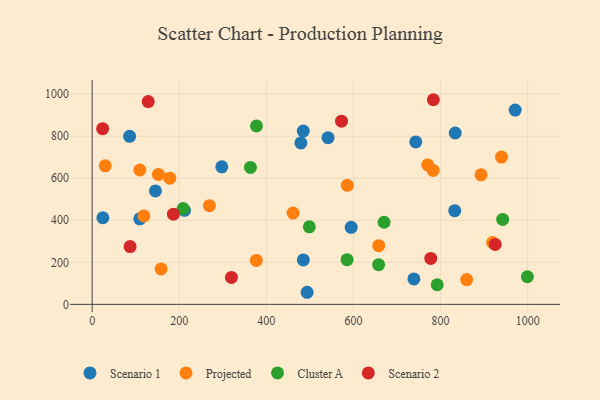
{"axis": {"x": "Study Hours", "y": "Sales"}, "legend": ["Cluster A", "Projected", "Scenario 1", "Scenario 2"], "data": [{"x": "24.5", "y": 411.9, "type": "Scenario 1"}, {"x": "738.8", "y": 121.1, "type": "Scenario 1"}, {"x": "833.7", "y": 815.1, "type": "Scenario 1"}, {"x": "479.3", "y": 767.9, "type": "Scenario 1"}, {"x": "145.3", "y": 539.4, "type": "Scenario 1"}, {"x": "109.4", "y": 406.8, "type": "Scenario 1"}, {"x": "484.9", "y": 211.6, "type": "Scenario 1"}, {"x": "484.8", "y": 824.4, "type": "Scenario 1"}, {"x": "971.4", "y": 924.1, "type": "Scenario 1"}, {"x": "594.8", "y": 366.4, "type": "Scenario 1"}, {"x": "297.6", "y": 654.1, "type": "Scenario 1"}, {"x": "493.6", "y": 57.5, "type": "Scenario 1"}, {"x": "541.6", "y": 793.1, "type": "Scenario 1"}, {"x": "743.1", "y": 772.8, "type": "Scenario 1"}, {"x": "85.9", "y": 799.4, "type": "Scenario 1"}, {"x": "832.6", "y": 445.8, "type": "Scenario 1"}, {"x": "211.9", "y": 447.2, "type": "Scenario 1"}, {"x": "376.9", "y": 209.0, "type": "Projected"}, {"x": "893.0", "y": 616.4, "type": "Projected"}, {"x": "178.2", "y": 600.3, "type": "Projected"}, {"x": "770.6", "y": 663.5, "type": "Projected"}, {"x": "919.5", "y": 294.2, "type": "Projected"}, {"x": "109.4", "y": 639.2, "type": "Projected"}, {"x": "586.0", "y": 566.2, "type": "Projected"}, {"x": "158.3", "y": 168.6, "type": "Projected"}, {"x": "940.0", "y": 700.7, "type": "Projected"}, {"x": "658.0", "y": 279.1, "type": "Projected"}, {"x": "269.3", "y": 469.5, "type": "Projected"}, {"x": "118.6", "y": 420.6, "type": "Projected"}, {"x": "29.9", "y": 659.0, "type": "Projected"}, {"x": "461.3", "y": 434.3, "type": "Projected"}, {"x": "152.3", "y": 618.3, "type": "Projected"}, {"x": "859.9", "y": 118.1, "type": "Projected"}, {"x": "783.0", "y": 637.2, "type": "Projected"}, {"x": "363.5", "y": 651.2, "type": "Cluster A"}, {"x": "498.7", "y": 368.6, "type": "Cluster A"}, {"x": "208.8", "y": 455.6, "type": "Cluster A"}, {"x": "377.3", "y": 849.0, "type": "Cluster A"}, {"x": "999.4", "y": 131.3, "type": "Cluster A"}, {"x": "585.3", "y": 212.4, "type": "Cluster A"}, {"x": "657.8", "y": 188.6, "type": "Cluster A"}, {"x": "670.3", "y": 390.5, "type": "Cluster A"}, {"x": "942.7", "y": 403.8, "type": "Cluster A"}, {"x": "792.3", "y": 93.2, "type": "Cluster A"}, {"x": "87.1", "y": 275.1, "type": "Scenario 2"}, {"x": "24.0", "y": 835.8, "type": "Scenario 2"}, {"x": "186.6", "y": 429.1, "type": "Scenario 2"}, {"x": "319.8", "y": 128.3, "type": "Scenario 2"}, {"x": "925.5", "y": 285.1, "type": "Scenario 2"}, {"x": "128.7", "y": 964.4, "type": "Scenario 2"}, {"x": "572.6", "y": 871.2, "type": "Scenario 2"}, {"x": "783.5", "y": 973.4, "type": "Scenario 2"}, {"x": "777.5", "y": 218.7, "type": "Scenario 2"}]}